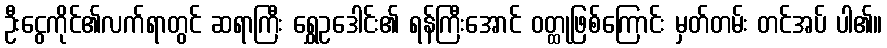
ဦးငွေကိုင်၏လက်ရာတွင် ဆရာကြီး ရွှေဥဒေါင်း၏ ရန်ကြီးအောင် ဝတ္ထုဖြစ်ကြောင်း မှတ်တမ်း တင်အပ် ပါ၏။